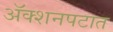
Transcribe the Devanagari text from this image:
अॅक्शनपटात